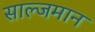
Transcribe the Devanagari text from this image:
साल्जमान